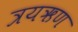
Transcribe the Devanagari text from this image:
त्रयऋण